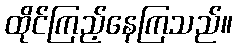
ထိုင်ကြည့်နေကြသည်။